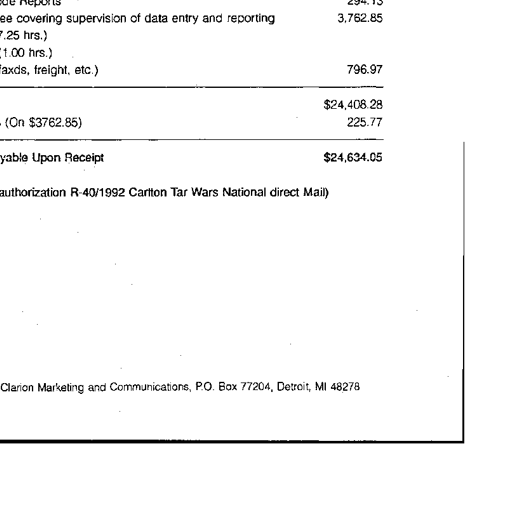
Reports 294.13
covering supervision of data entry and reporting 3,762.85
hrs.)
1.00 hrs.)
faxds, freight, etc.) 796.97
$24,408.28
(On $3762.85) 225.77
yable Upon Receipt $24,634.05
authorization R-40/1992 Carlton Tar Wars National direct Mail)
Clarion Marketing and Communications, P.O. Box 77204, Detroit, MI 48278